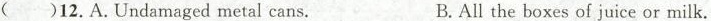
（）12.A.Undamaged metal cans. B. All the boxes of juice or milk.